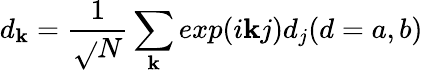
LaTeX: d_{\mathbf{k}}=\frac{{1}}{{\sqrt{}{{N}}}}\sum_{\mathbf{k}}exp(i\mathbf{k}j)d_{j}(d=a,b)